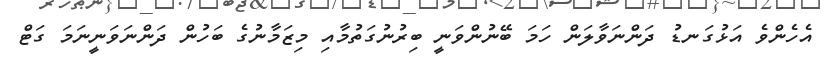
އެހެންވެ އަޅުގަނޑު ދަންނަވާލަން ހަމަ ބޭނުންވަނީ ބިރުނުގަތުމާއި މިޒަމާނުގެ ބަހުން ދަންނަވަނީނަމަ ގަޓް